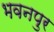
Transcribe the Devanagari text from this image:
भवनपुर